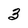
Character: 3